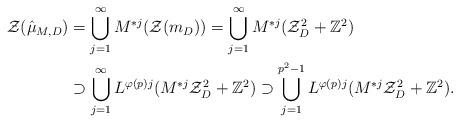
LaTeX: \begin{align*} \mathcal{ Z}(\hat{\mu}_{M,D})&=\bigcup_{j=1}^{\infty}M^{*j}(\mathcal{ Z}(m_D))=\bigcup_{j=1}^{\infty}M^{*j}(\mathcal{Z}_{D}^2+\mathbb{Z}^2) \\&\supset\bigcup_{j=1}^{\infty}L^{\varphi(p)j}(M^{*j}\mathcal{Z}_{D}^2+\mathbb{Z}^2)\supset\bigcup_{j=1}^{p^2-1}L^{\varphi(p)j}(M^{*j}\mathcal{Z}_{D}^2+\mathbb{Z}^2).\end{align*}